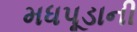
મધપૂડાની